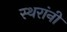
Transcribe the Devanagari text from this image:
स्थरांनी